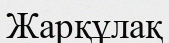
Жарқұлақ